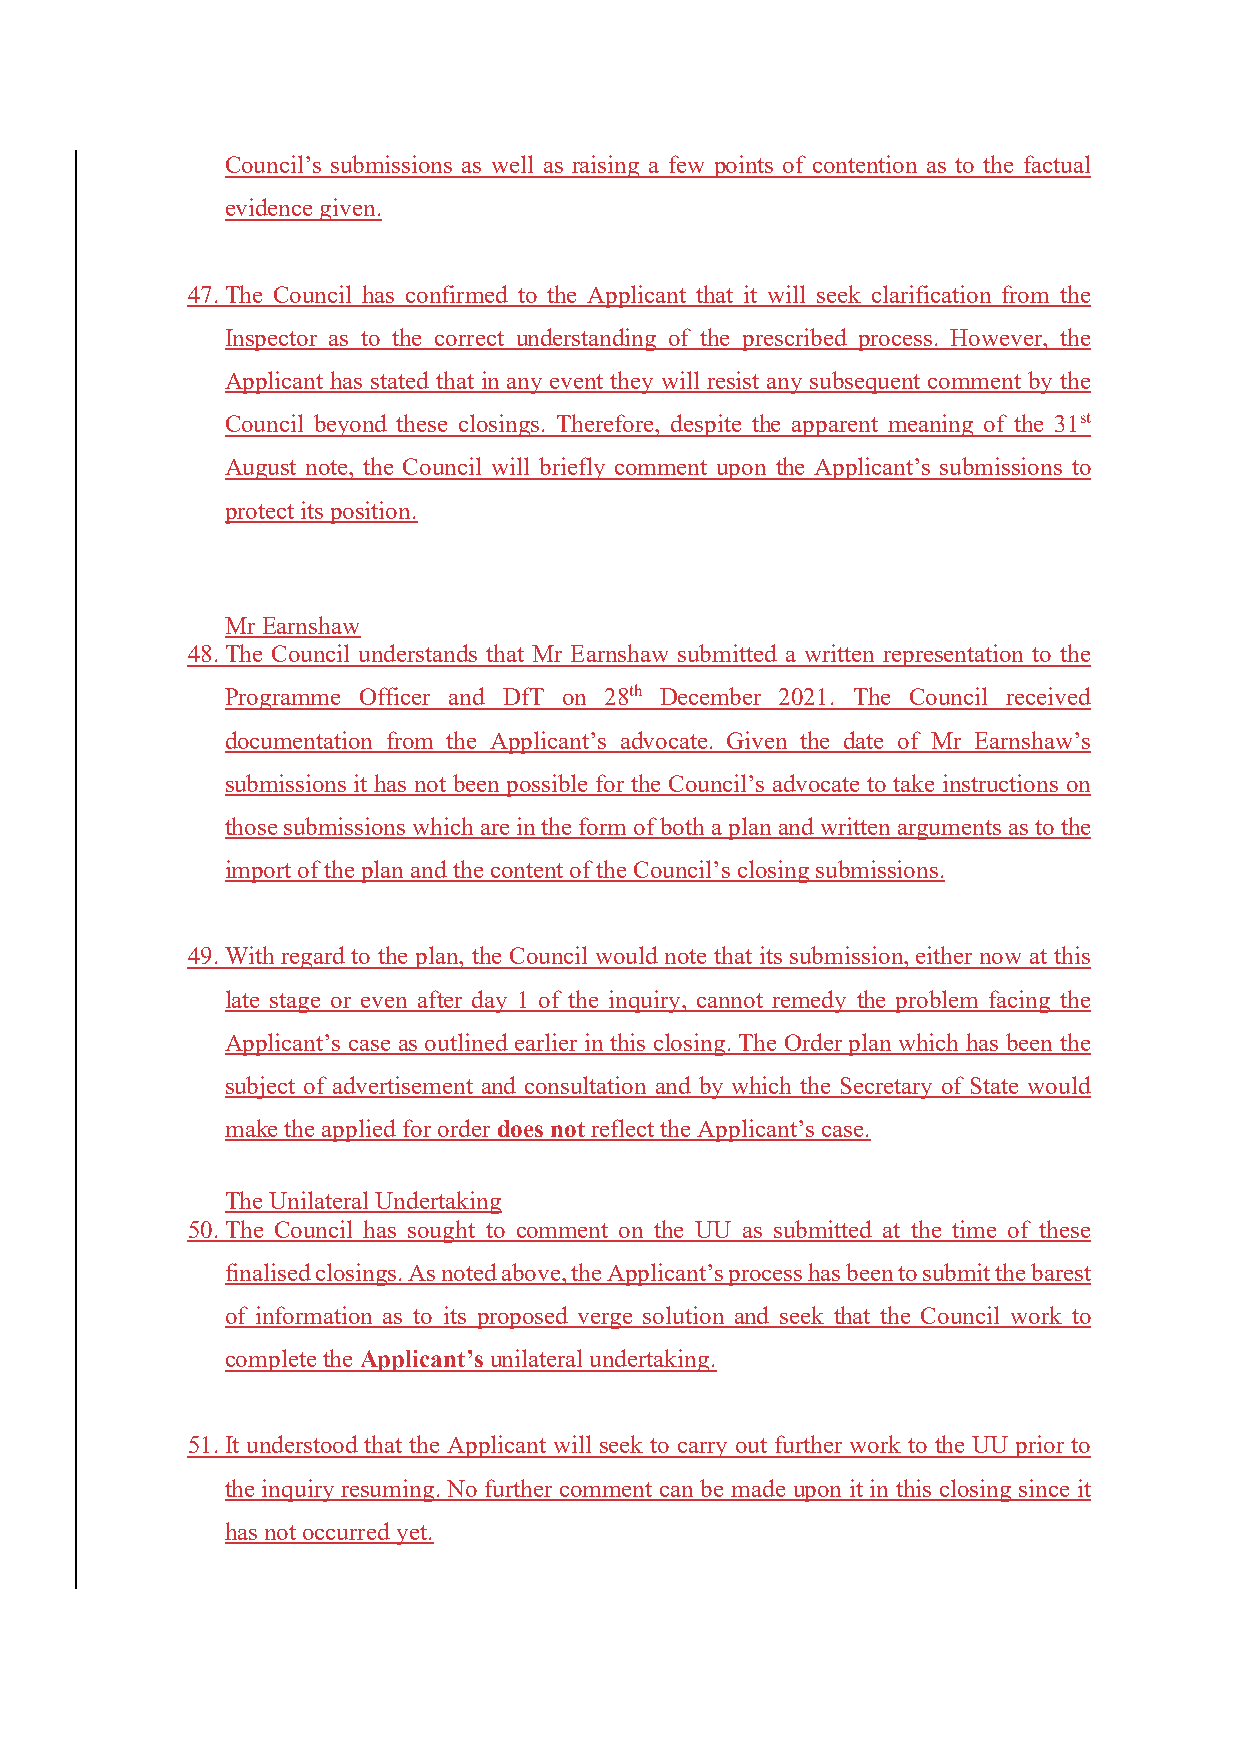
Council’s submissions as well as raising a few points of contention as to the factual
 evidence given.
 47. The Council has confirmed to the Applicant that it will seek clarification from the
 Inspector as to the correct understanding of the prescribed process. However, the
 Applicant has stated that in any event they will resist any subsequent comment by the
 Council beyond these closings. Therefore, despite the apparent meaning of the 31st
 August note, the Council will briefly comment upon the Applicant’s submissions to
 protect its position.
 Mr Earnshaw
 48. The Council understands that Mr Earnshaw submitted a written representation to the
 Programme Officer and DfT on 28th December 2021. The Council received
 documentation from the Applicant’s advocate. Given the date of Mr Earnshaw’s
 submissions it has not been possible for the Council’s advocate to take instructions on
 those submissions which are in the form of both a plan and written arguments as to the
 import of the plan and the content of the Council’s closing submissions.
 49. With regard to the plan, the Council would note that its submission, either now at this
 late stage or even after day 1 of the inquiry, cannot remedy the problem facing the
 Applicant’s case as outlined earlier in this closing. The Order plan which has been the
 subject of advertisement and consultation and by which the Secretary of State would
 make the applied for order does not reflect the Applicant’s case.
 The Unilateral Undertaking
 50. The Council has sought to comment on the UU as submitted at the time of these
 finalised closings. As noted above, the Applicant’s process has been to submit the barest
 of information as to its proposed verge solution and seek that the Council work to
 complete the Applicant’s unilateral undertaking.
 51. It understood that the Applicant will seek to carry out further work to the UU prior to
 the inquiry resuming. No further comment can be made upon it in this closing since it
 has not occurred yet.